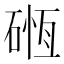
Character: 𥔂